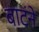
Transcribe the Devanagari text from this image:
बाटंने